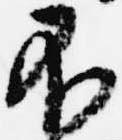
不